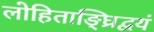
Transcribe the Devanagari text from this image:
लोहिताङ्घ्रिद्वयं